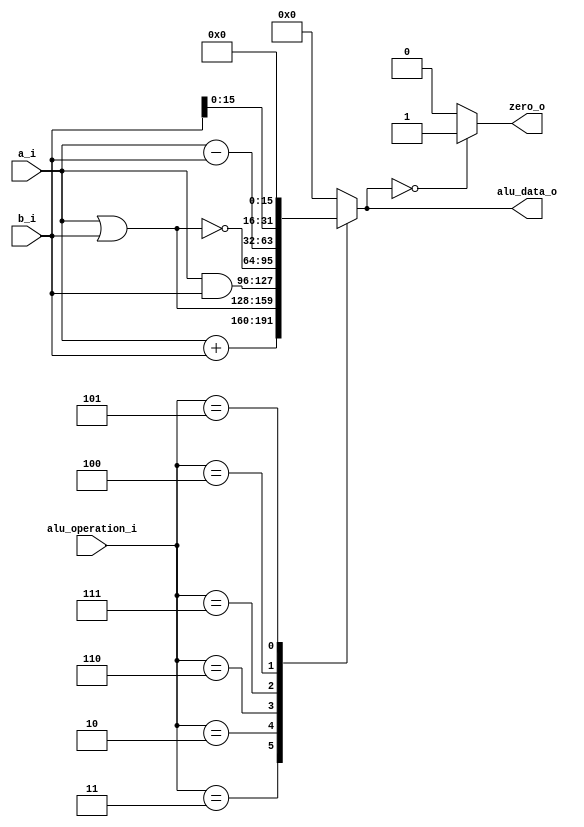
/******************************************************************
* Description
*	This is an 32-bit arithetic logic unit that can execute the next set of operations:
*		add
*		sub
*		or
*		and
*		nor
* This ALU is written by using behavioral description.
* Version:
*	1.0
* Author:
*	Dr. Jos Luis Pizano Escalante
* email:
*	luispizano@iteso.mx
* Date:
*	05/07/2020
******************************************************************/

module ALU 
(
	input [3:0] alu_operation_i,
	input [31:0] a_i,
	input [31:0] b_i,
	output reg zero_o,
	output reg [31:0] alu_data_o
);

localparam ADD		= 4'b0011;
localparam SUB		= 4'b0100;
localparam OR 		= 4'b0010;
localparam AND 		= 4'b0110;
localparam NOR		= 4'b0111;
localparam LUI 		= 4'b0101;


	always @ (a_i or b_i or alu_operation_i)
    begin
		case (alu_operation_i)
		
			ADD:	// add
				alu_data_o = a_i + b_i;

			OR:		//or
				alu_data_o = a_i | b_i;

			AND:	//and
				alu_data_o = a_i & b_i;

			NOR:	//nor
				alu_data_o = ~(a_i | b_i);

			SUB:	//sub
				alu_data_o = a_i - b_i;

			LUI:	//Load Upper Immediate
				alu_data_o = {b_i[15:0], 16'b0};

			default:
				alu_data_o = 0;
		endcase // case(control)
		
		zero_o = (alu_data_o == 0) ? 1'b1 : 1'b0;
		
     end // always @ (A or B or control)

endmodule // ALU